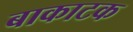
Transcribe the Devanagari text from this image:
बाकाटक